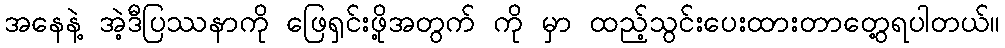
အနေနဲ့ အဲ့ဒီပြဿနာကို ဖြေရှင်းဖို့အတွက် ကို မှာ ထည့်သွင်းပေးထားတာတွေ့ရပါတယ်။